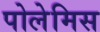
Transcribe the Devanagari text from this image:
पोलेमिस